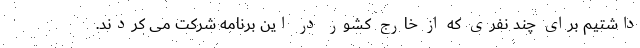
داشتیم برای چند نفری که از خارج کشور در این برنامه شرکت می کردند.